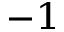
^ { - 1 }